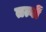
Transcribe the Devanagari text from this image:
तत्वोंं